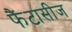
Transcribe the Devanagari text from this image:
फैंटासीज